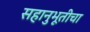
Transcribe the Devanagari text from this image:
सहानुभूतीचा